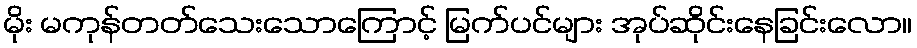
မိုး မကုန်တတ်သေးသောကြောင့် မြက်ပင်များ အုပ်ဆိုင်းနေခြင်းလော။